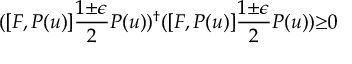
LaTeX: ( [ F , P ( u ) ] \frac { 1 { \pm } { \epsilon } } { 2 } P ( u ) ) ^ { \dagger } ( [ F , P ( u ) ] \frac { 1 { \pm } { \epsilon } } { 2 } P ( u ) ) { \geq } 0